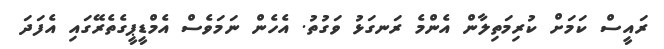
ރައީސް ކަމަށް ކުރިމަތިލާން އެންމެ ރަނގަޅު ވަގުތު. އެހެން ނަމަވެސް އެމްޑީޕީގެތެރޭގައި އެފަދަ